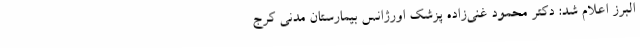
البرز اعلام شد: دکتر محمود غنی‌زاده پزشک اورژانس بیمارستان مدنی کرج